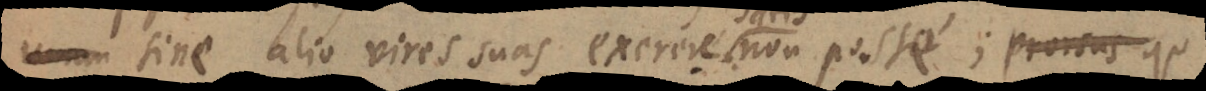
sine alio vires suas exerere non posse; prorsus qu